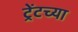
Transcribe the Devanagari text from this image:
ट्रेंटच्या